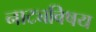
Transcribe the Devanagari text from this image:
नाट्यविषय